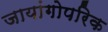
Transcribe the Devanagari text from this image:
जायांगोपरिक